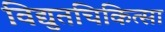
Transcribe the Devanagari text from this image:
विद्युतचिकित्सा